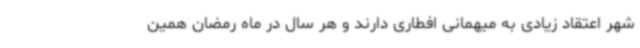
شهر اعتقاد زیادی به میهمانی افطاری دارند و هر سال در ماه رمضان همین